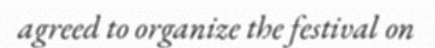
agreed to organize the festival on